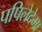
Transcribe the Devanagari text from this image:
पपिलेदेमा